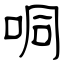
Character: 哃